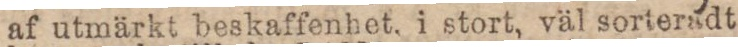
af utmärkt beskaffenhet, i stort, väl sorteradt